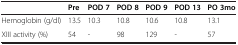
<table><thead><tr><td><b> </b></td><td><b>Pre</b></td><td><b>POD 7</b></td><td><b>POD 8</b></td><td><b>POD 9</b></td><td><b>POD 13</b></td><td><b>PO 3mo</b></td></tr></thead><tbody><tr><td>Hemoglobin (g/dl)</td><td>13.5</td><td>10.3</td><td>10.8</td><td>10.6</td><td>10.8</td><td>13.1</td></tr><tr><td>XIII activity (%)</td><td>54</td><td>-</td><td>98</td><td>129</td><td>-</td><td>57</td></tr></tbody></table>